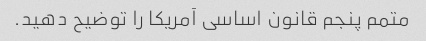
متمم پنجم قانون اساسی آمریکا را توضیح دهید.